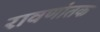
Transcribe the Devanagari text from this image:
रावणांतक